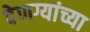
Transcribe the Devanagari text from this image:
देणग्यांच्या